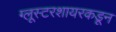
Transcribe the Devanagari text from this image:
ग्लूस्टरशायरकडून